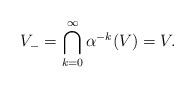
LaTeX: \begin{align*}V_-=\bigcap_{k=0}^\infty\alpha^{-k}(V)=V.\end{align*}